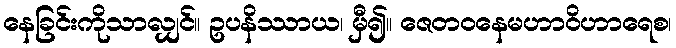
နေခြင်းကိုသာလျှင်။ ဥပနိဿာယ၊ မှီ၍။ ဇေတဝနေမဟာဝိဟာရေစ၊